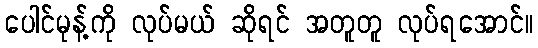
ပေါင်မုန့်ကို လုပ်မယ် ဆိုရင် အတူတူ လုပ်ရအောင်။